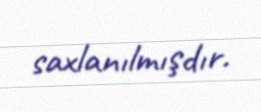
saxlanılmışdır.